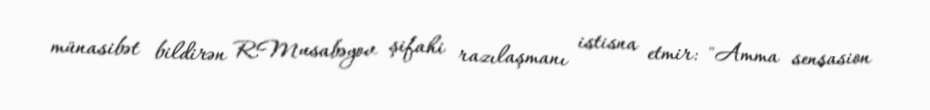
münasibət bildirən R.Musabəyov şifahi razılaşmanı istisna etmir: "Amma sensasion